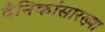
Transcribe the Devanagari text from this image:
दैनिकांसारख्या